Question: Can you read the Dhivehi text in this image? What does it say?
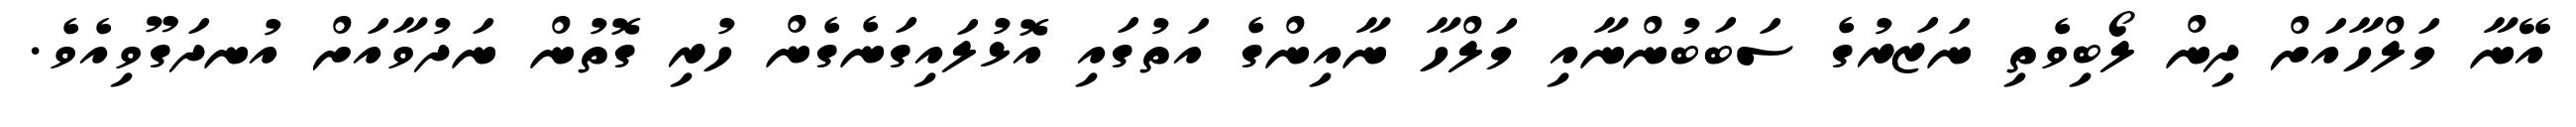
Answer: އޭނާ މަލްހާއަށް ދިން ލޯބިވެތި ނަޒަރުގެ ސަބަބުންނާއި މަލްހާ ނާއިންގެ އަތުގައި އޮޅުލައިގަނެގެން ހުރި ގޮތުން ނަދުވާއަށް އުނދަގޫވިއެވެ.